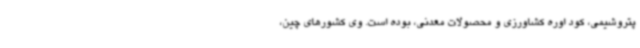
پتروشیمی، کود اوره کشاورزی و محصولات معدنی، بوده است. وی کشورهای چین،